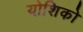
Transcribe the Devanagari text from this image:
योशिको